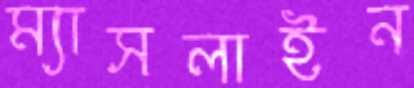
ম্যাসলাইন